Bulletin of the Pasteur Institute of Southern India, Coonoor - No. 1.
Year: 1908
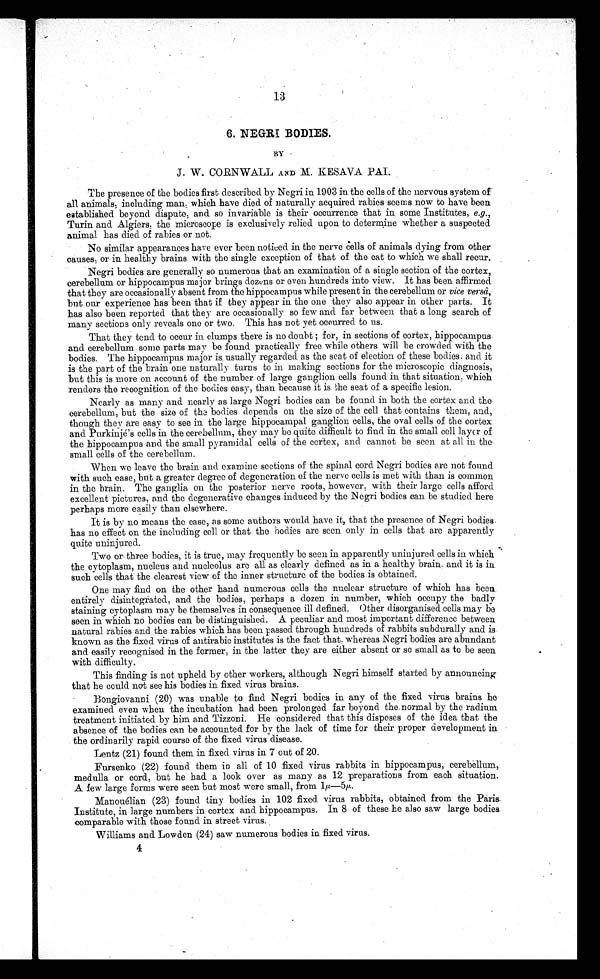
13
6. NEGRI BODIES.
BY
J. W. CORNWALL AND M. KESAVA PAI.
The presence of the bodies first described by Negri in 1903 in the cells of the nervous system of
all animals, including man ; which have died of naturally acquired rabies seems now to have been
established beyond dispute, and so invariable is their occurrence that in some Institutes, e.g.,
Turin and Algiers. the microscope is exclusively relied upon to determine whether a suspected
animal has died of rabies or not.
No similar appearances have ever been noticed in the nerve cells of animals dying from other
causes, or in healthy brains with the single exception of that of the cat to which we shall. recur.
Negri bodies are generally so numerous that an examination of a single section of the cortex,
cerebellum or hippocampus major 'brings dozens or even hundreds into view. It has been affirmed
that they are occasionally absent from the hippocampus while present in the cerebellum or vice versa,
but our experience has been that if they appear in the one they also appear in other parts. It
has also been reported that they are occasionally so few and far between that a long search of
many sections only reveals one or two. This has not yet occurred to us.
That they tend to occur in clumps there is no doubt ; for, in sections of cortex, hippocampus.
and cerebellum some parts may be found practically free while others will be crowded with the
bodies. The hippocampus major is usually regarded as the seat of election of these bodies, and it
is the part of the brain one naturally turns to in making sections for the microscopic diagnosis,
but this is more on account of the number of large ganglion cells found in that situation, which
renders the recognition of the bodies easy, than because it is le seat of a specific lesion.
Nearly as many and nearly as large Negri bodies can be found in both the cortex and the
cerebellum, but the size of the bodies depends on the size of the cell that contains them, and,
though they are easy to see in the large hippocampal ganglion cells, the oval cells of the cortex
and Purkinjes cells in the cerebellum, they may be quite difficult to find in the small cell layer of
the hippocampus and the small pyramidal cells of the cortex, and cannot be seen at all in the
small cells of the cerebellum.
When we leave the brain and examine sections of the spinal cord Negri bodies are not found
with such ease, but a greater degree of degeneration of the nerve cells is met with than is common
in the brain.. The ganglia on the posterior nerve roots, however, with their large cells afford
excellent pictures, and. the degenerative changes induced by the Negri bodies can be studied here
perhaps more easily than elsewhere.
It is by no means the case, as some authors would have it, that the presence of Negri bodies.
has no effect on the including cell or that the bodies are seen only in cells that are apparently
quite uninjured.
Two or three bodies, it is true, may frequently be seen in apparently uninjured cells in which
the cytoplasm, nucleus and nucleolus are all as clearly defined as in a healthy brain. and it is in
such cells that the clearest view of the inner structure of the bodies is obtained.
One may find on the other hand numerous cells the nuclear structure of which has been.
entirely disintegrated, and the bodies, perhaps a dozen in number, which occupy the badly
staining cytoplasm may be themselves in consequence ill defined. Other disorganised cells may be
seen in which no bodies can be distinguished. A peculiar and most important difference between
natural rabies and the rabies which has been passed. through hundreds of rabbits subdurally and is
known as the fixed virus of antirabic institutes is the fact that. whereas Negri bodies are abundant
and easily recognised in the former ; in the latter they are either absent or so small as to be seen
with difficulty.
This finding is not upheld by other workers, although Negri himself started by announcing
that he could not see his bodies in fixed virus brains.
Bongiovanni (20) was unable to find Negri bodies in any of the fixed virus brains he
examined even when the incubation had been prolonged far beyond the. normal by the radium
treatment initiated by him and Tizzoni. He considered that this disposes of the idea that the
absence of the bodies can be accounted for by the lack of time for their proper development in
the ordinarily rapid. course of the fixed virus disease.
Lentz (21) found them in fixed virus in 7 out of 20.
Fursenko (22) found them is all of 10 fixed virus rabbits in hippocampus, cerebellum,.
medulla or cord, but he had a look over as many as 12 preparations from each situation.
A few large forms were seen hut most were small, from 1p.-5p..
Manouelian (23) found tiny bodies in 102 fixed. virus rabbits, obtained from the Paris.
Institute, in large numbers in cortex and hippocampus. In 8 of these he also saw large bodies.
comparable with those found in street virus. ,
Williams and Lowden (241 saw numerous bodies in fixed virus.
4